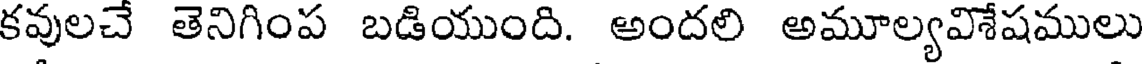
కవులచే తెనిగింప బడియుంది. అందలి అమూల్యవిశేషములు